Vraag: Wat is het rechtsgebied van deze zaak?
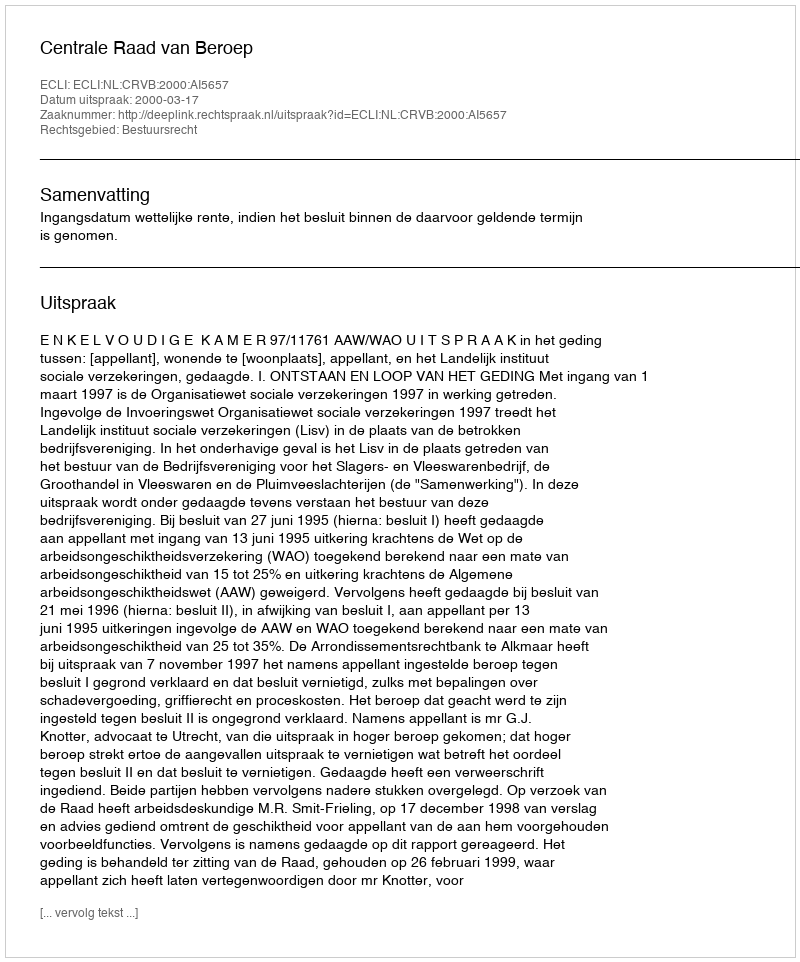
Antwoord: Bestuursrecht